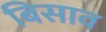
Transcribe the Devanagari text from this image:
बिसाव